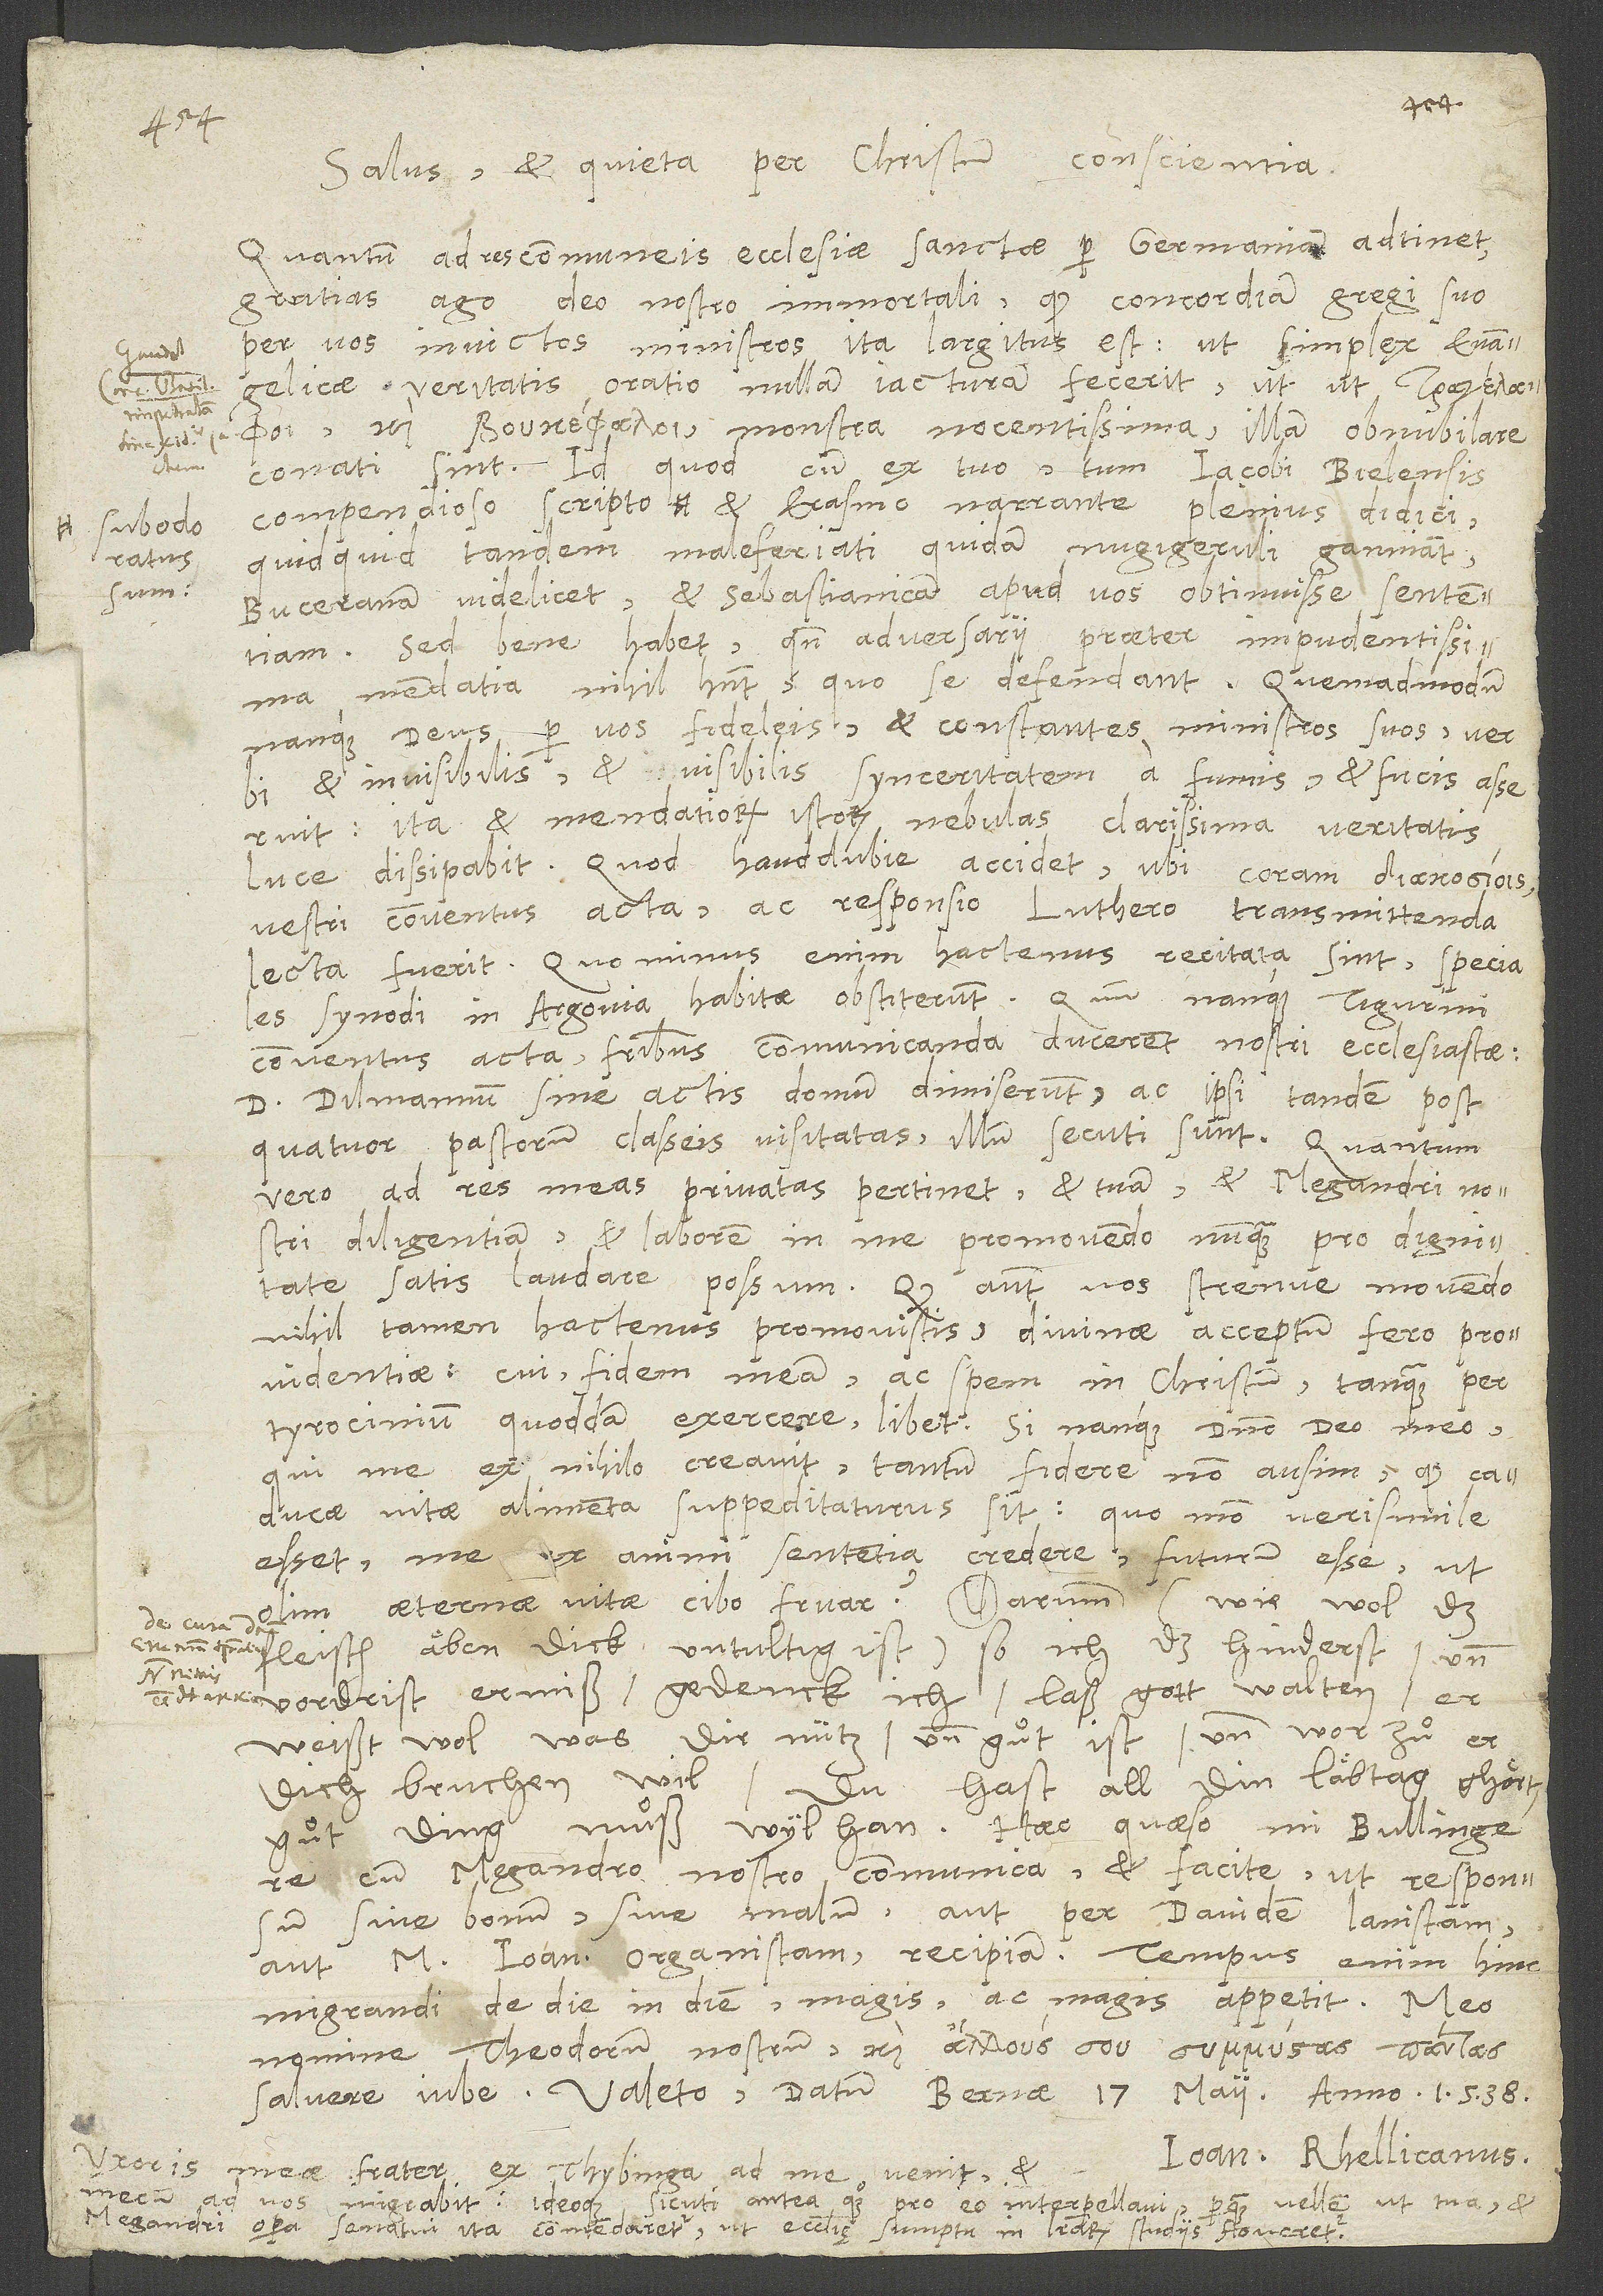
sum

Salus et quieta per Christum conscientia.
Quantum ad res communeis ecclesiae sanctae per Germaniam adtinet,
gratias ago deo nostro immortali, quod concordiam gregi suo
per vos invictos ministros ita largitus est, ut simplex evangelicae
veritatis oratio nullam iacturam fecerit, utut ,
monstra nocentissima, illam obnubilare
conati sint, id quod cum ex tuo tum Iacobi Bielensis
quidquid tandem maleferiati quidam nugigeruli ganniant
Buceranam videlicet et Sebastianicam apud vos obtinuisse sententiam.
Sed bene habet, quando adversarii praeter impudentissima
mendatia nihil habent, quo se defendant. Quemadmodum
nanque deus per vos, fideleis et constantes ministros suos, verbi
et invisibilis et visibilis synceritatem a fumis et fucis asseruit,
ita et mendatiorum istorum nebulas clarissima veritatis
luce dissipabit. Quod haud dubie accidet, ubi coram
vestri conventus acta ac responsio Luthero transmittenda
lecta fuerit. Quominus enim hactenus recitata sint, speciales
synodi in Argovia habitae obstiterunt. Quum nanque Tigurini
conventus acta fratribus communicanda ducerent nostri ecclesiastae,
d. Dilimannum sine actis domum dimiserunt ac ipsi tandem post
quatuor pastorum classeis visitatas illum secuti sunt. Quantum
vero ad res meas privatas pertinet, et tuam et Megandri nostri
diligentiam et laborem in me promovendo nunquam pro dignitate
satis laudare possum. Quod autem vos strenue movendo
nihil tamen hactenus promovistis, divinae acceptum fero providentiae,
tyrocinium quoddam exercere libet. Si nanque domino deo meo,
qui me ex nihilo creavit, tantum fidere non ausim, quod caducae
vitae alimenta suppeditaturus sit, quo modo verisimile
esset me ex animi sententia credere futurum esse, ut
olim aeternae vitae cibo fruar? Darumb (wie wol das
fleisch äben dick untultig ist), so ich das hinderst und
vordrist ermiß, gedenck ich: Laß gott walten; er
weißt wol, was dir nütz und guͦt ist und worzuͦ er
dich bruchen wil. Du hast all din läbtag ghört:
„Guͦt ding muͦß wyl han.“ Haec, quaeso, mi Bullingere,
cum Megandro nostro communica, et facite, ut responsum
sive bonum sive malum aut per Davidem Lanistam
aut M. Ioannem organistam recipiam. Tempus enim hinc
migrandi de die in diem magis ac magis appetit. Meo
nomine Theodorum nostrum
salvere iube. Valeto. Datum Bernae, 17. maii anno 1538.
Ioan. Rhellicanus.
meae frater ex Thybinga ad me venit et
mecum
sicuti antea quoque pro eo interpellavi, perquam vellem, ut tua et
vos migrabit; ideoque,
Megandri
opera senatui ita commendaretur, ut ecclesię sumptu in literarum studiis foveretur.